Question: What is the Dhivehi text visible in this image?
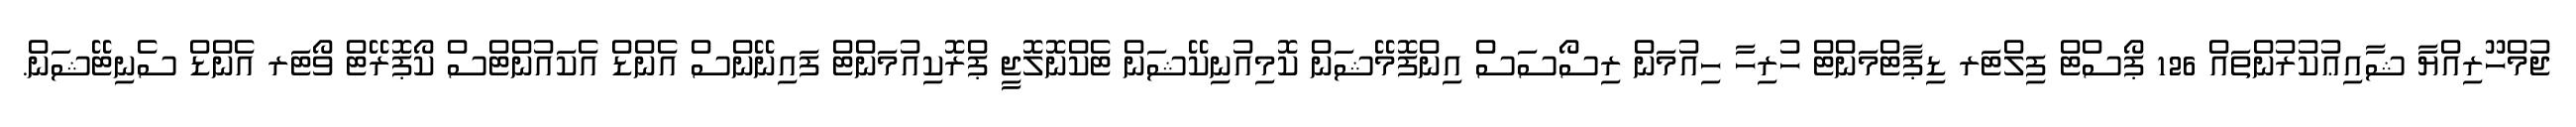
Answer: ޖުމްހޫރިއްޔާ ޝާއިޢުކުރުންތައް 126 ޕޯސްޓް ފިލްޓަރ ޑިޕާޓްމަންޓް ހުރިހާ ހިއުމަން ރިސޯސަސް އިންފޮމޭޝަން ކޮމިއުނިކޭޝަން ޓެކްނޮލޮޖީ ޕްރޮކިއުމަންޓް ފައިނޭންސް އެންޑް އެކައުންޓްސް ކޯޕޮރޭޓް ވޯޓަރ އެންޑް ސެނިޓޭޝަން.